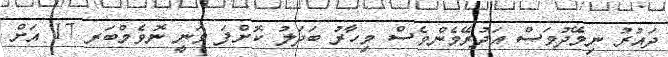
ދައުރު ނިމޭދުވަސް އަދުރޭމެންވެސް މިހާރު ބަދަލު ކޮށްފަ ވަނީ ނޮވެމްބަރ 17 އަށް